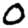
Digit: 0